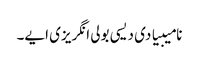
نامیبیا دی دیسی بولی انگریزی ایے۔